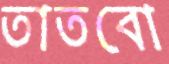
তাতবো